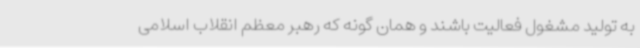
به تولید مشغول فعالیت باشند و همان گونه که رهبر معظم انقلاب اسلامی